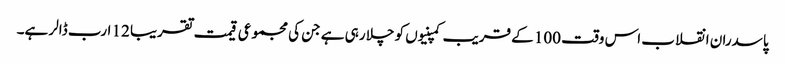
پاسدران انقلاب اس وقت 100 کے قریب کمپنیوں کو چلا رہی ہے جن کی مجموعی قیمت تقریبا 12 ارب ڈالر ہے۔